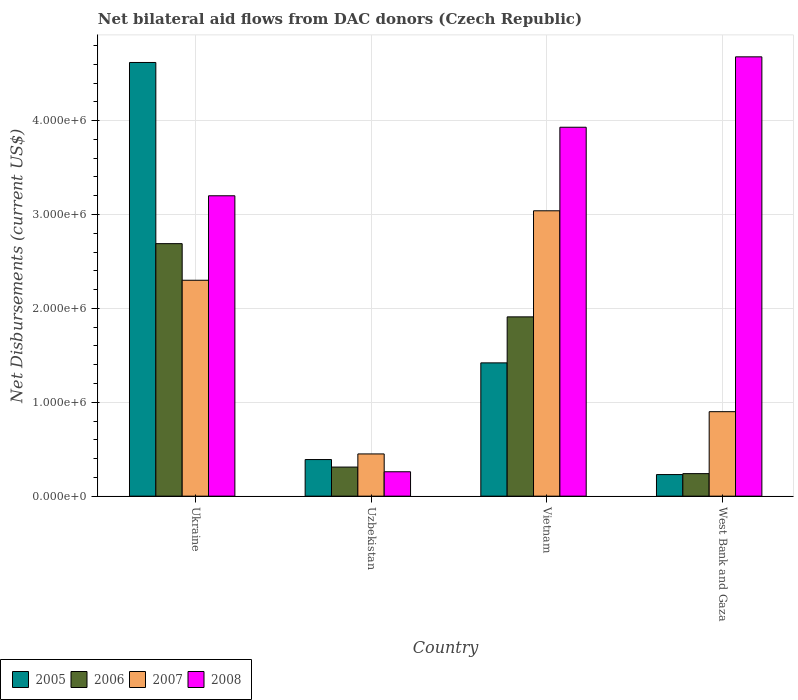
| Country | 2005 | 2006 | 2007 | 2008 |
 | --- | --- | --- | --- | --- |
 | Ukraine | 4.62e+06 | 2.69e+06 | 2.3e+06 | 3.2e+06 |
 | Uzbekistan | 3.9e+05 | 3.1e+05 | 4.5e+05 | 2.6e+05 |
 | Vietnam | 1.42e+06 | 1.91e+06 | 3.04e+06 | 3.93e+06 |
 | West Bank and Gaza | 2.3e+05 | 2.4e+05 | 9e+05 | 4.68e+06 |